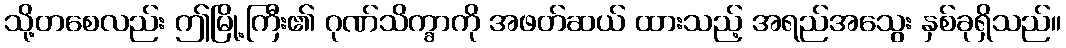
သို့တစေလည်း ဤမြို့ကြီး၏ ဂုဏ်သိက္ခာကို အဖတ်ဆယ် ထားသည့် အရည်အသွေး နှစ်ခုရှိသည်။